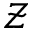
\mathcal { Z }